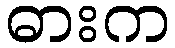
ဓားက